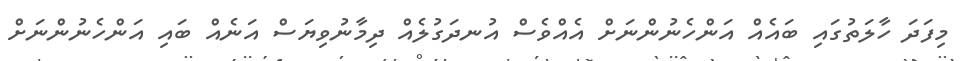
މިފަދަ ހާލަތުގައި ބައެއް އަންހެނުންނަށް އެއްވެސް އުނދަގުލެއް ދިމާނުވިޔަސް އަނެއް ބައި އަންހެނުންނަށް